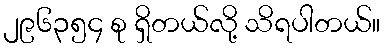
၂၉၆၃၅၄ စု ရှိတယ်လို့ သိရပါတယ်။